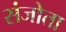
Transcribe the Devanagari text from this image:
संजोता